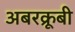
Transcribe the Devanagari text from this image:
अबरक्रूबी